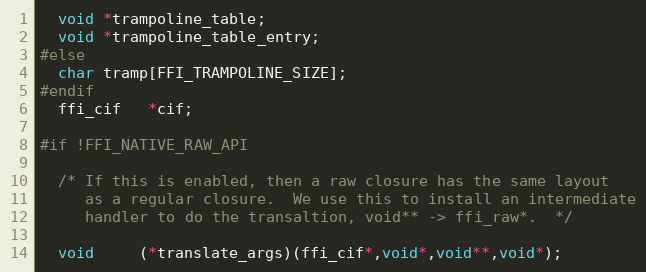
Language: C
  void *trampoline_table;
  void *trampoline_table_entry;
#else
  char tramp[FFI_TRAMPOLINE_SIZE];
#endif
  ffi_cif   *cif;

#if !FFI_NATIVE_RAW_API

  /* If this is enabled, then a raw closure has the same layout
     as a regular closure.  We use this to install an intermediate
     handler to do the transaltion, void** -> ffi_raw*.  */

  void     (*translate_args)(ffi_cif*,void*,void**,void*);